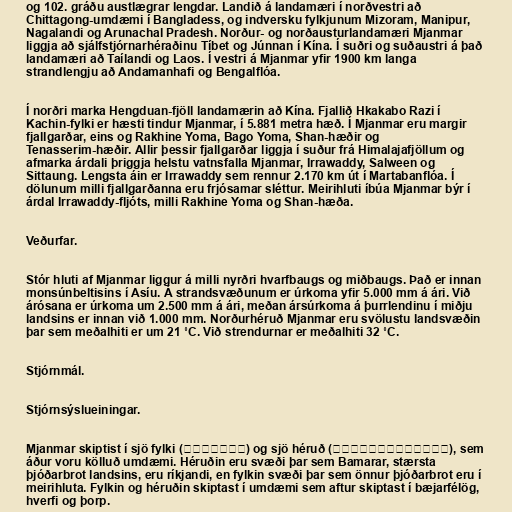
og 102. gráðu austlægrar lengdar. Landið á landamæri í norðvestri að
Chittagong-umdæmi í Bangladess, og indversku fylkjunum Mizoram, Manipur,
Nagalandi og Arunachal Pradesh. Norður- og norðausturlandamæri Mjanmar
liggja að sjálfstjórnarhéraðinu Tíbet og Júnnan í Kína. Í suðri og suðaustri á það
landamæri að Taílandi og Laos. Í vestri á Mjanmar yfir 1900 km langa
strandlengju að Andamanhafi og Bengalflóa.

Í norðri marka Hengduan-fjöll landamærin að Kína. Fjallið Hkakabo Razi í
Kachin-fylki er hæsti tindur Mjanmar, í 5.881 metra hæð. Í Mjanmar eru margir
fjallgarðar, eins og Rakhine Yoma, Bago Yoma, Shan-hæðir og
Tenasserim-hæðir. Allir þessir fjallgarðar liggja í suður frá Himalajafjöllum og
afmarka árdali þriggja helstu vatnsfalla Mjanmar, Irrawaddy, Salween og
Sittaung. Lengsta áin er Irrawaddy sem rennur 2.170 km út í Martabanflóa. Í
dölunum milli fjallgarðanna eru frjósamar sléttur. Meirihluti íbúa Mjanmar býr í
árdal Irrawaddy-fljóts, milli Rakhine Yoma og Shan-hæða.

Veðurfar.

Stór hluti af Mjanmar liggur á milli nyrðri hvarfbaugs og miðbaugs. Það er innan
monsúnbeltisins í Asíu. Á strandsvæðunum er úrkoma yfir 5.000 mm á ári. Við
árósana er úrkoma um 2.500 mm á ári, meðan ársúrkoma á þurrlendinu í miðju
landsins er innan við 1.000 mm. Norðurhéruð Mjanmar eru svölustu landsvæðin
þar sem meðalhiti er um 21 ˚C. Við strendurnar er meðalhiti 32 ˚C.

Stjórnmál.

Stjórnsýslueiningar.

Mjanmar skiptist í sjö fylki (ပြည်နယ်) og sjö héruð (တိုင်းဒေသကြီး), sem
áður voru kölluð umdæmi. Héruðin eru svæði þar sem Bamarar, stærsta
þjóðarbrot landsins, eru ríkjandi, en fylkin svæði þar sem önnur þjóðarbrot eru í
meirihluta. Fylkin og héruðin skiptast í umdæmi sem aftur skiptast í bæjarfélög,
hverfi og þorp.